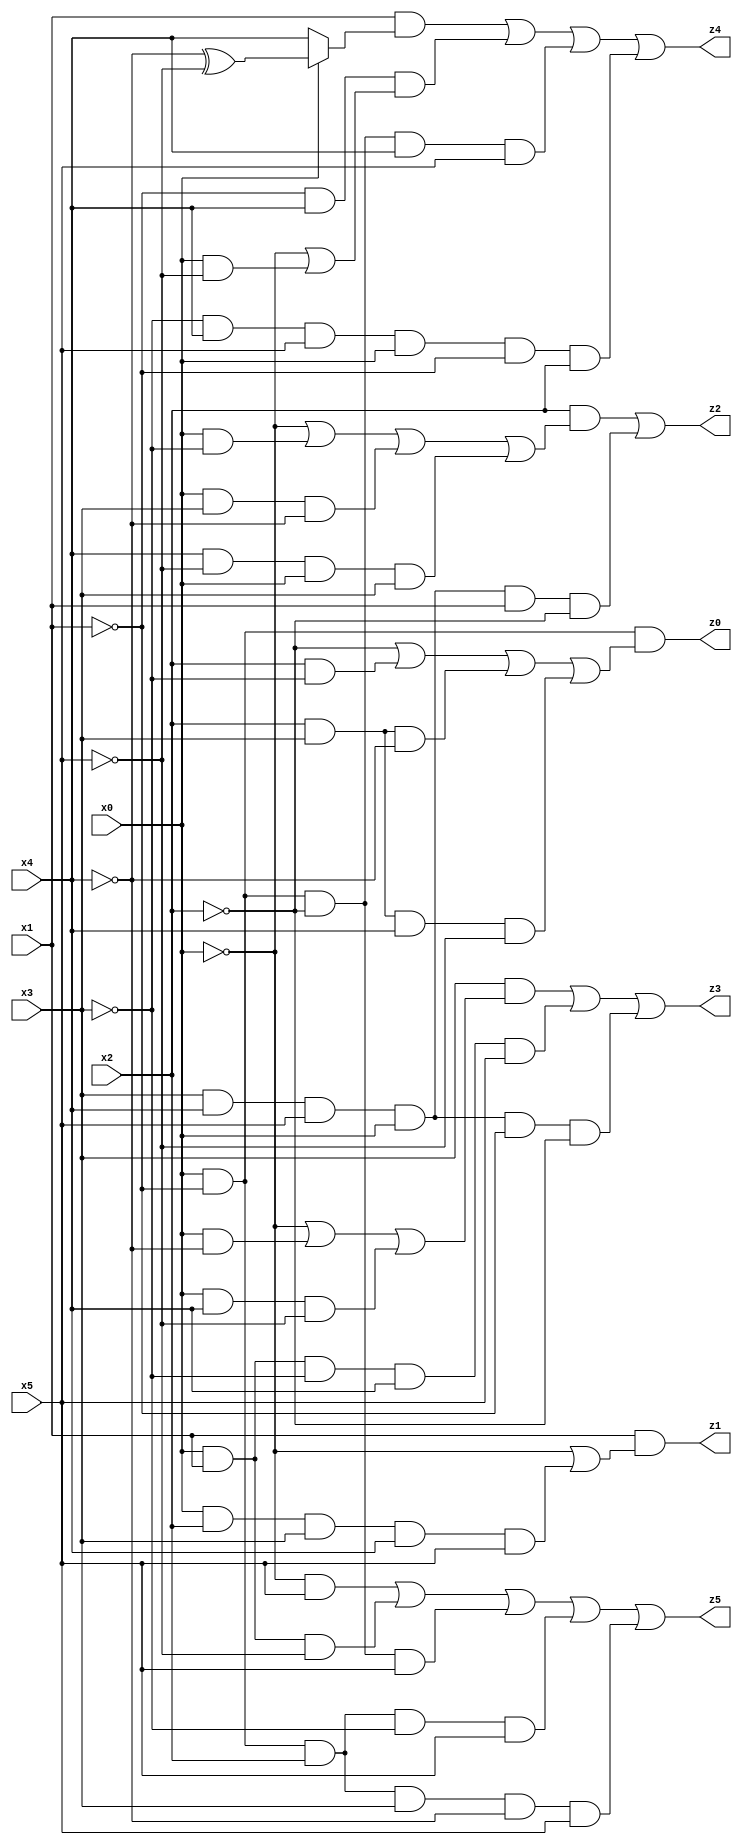
// Benchmark "X_24" written by ABC on Thu Jun 29 04:08:34 2023

module X_47 ( 
    x0, x1, x2, x3, x4, x5,
    z0, z1, z2, z3, z4, z5  );
  input  x0, x1, x2, x3, x4, x5;
  output z0, z1, z2, z3, z4, z5;
  assign z0 = x0 & ~x1 & (~x2 | (x2 & ~x3) | (x2 & x3 & ~x4) | (x2 & x3 & x4 & ~x5));
  assign z1 = x1 & (~x0 | (x0 & x2 & x3 & x4 & x5));
  assign z2 = (x2 & (~x0 | (x0 & ~x3) | (x0 & x3 & ~x4) | (x4 & ~x5 & x0 & x3))) | (x3 & x4 & x5 & x0 & x1 & ~x2);
  assign z3 = (x3 & (~x0 | (x0 & ~x4) | (x0 & x4 & ~x5))) | (x0 & x1 & ~x3 & x4 & x5) | (x3 & x4 & x5 & x0 & ~x1 & ~x2);
  assign z4 = (x1 & (x0 ? (~x4 ^ ~x5) : x4)) | (~x1 & x4 & (~x0 | (x0 & ~x5))) | (x0 & ~x1 & ~x2 & x4 & x5) | (~x3 & x4 & x5 & x0 & ~x1 & x2);
  assign z5 = (~x0 & x5) | (x0 & x1 & ~x5) | (x0 & ~x1 & ~x2 & x5) | (x0 & ~x1 & x2 & ~x3 & x5) | (x0 & ~x1 & x2 & x3 & ~x4 & x5);
endmodule